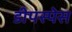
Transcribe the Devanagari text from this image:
डीपस्पेस